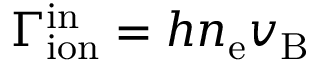
\Gamma _ { \mathrm { i o n } } ^ { \mathrm { i n } } = h n _ { \mathrm { e } } v _ { \mathrm { B } }